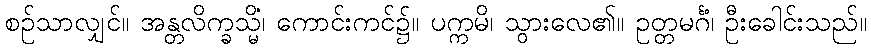
စဉ်သာလျှင်။ အန္တလိက္ခသ္မိံ၊ ကောင်းကင်၌။ ပက္ကမိ၊ သွားလေ၏။ ဥတ္တမင်္ဂံ၊ ဦးခေါင်းသည်။